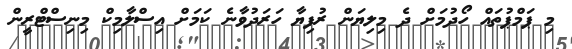
މި ޕަމްޕުތައް ހޯދުމަށް ދެ މިލިޔަން ރުފިޔާ ހަރަދުވާނެ ކަމަށް އިސްލާމިކް މިނިސްޓްރީން